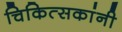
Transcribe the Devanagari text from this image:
चिकित्सकांनी